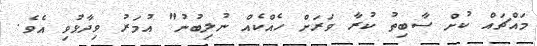
މައްޗައް ކުށް ސާބިތު ކުރާ ވަރަށް ހެއްކެއް ނުލިބުނު" އުމަރު ވިދާޅުވި އެވެ.